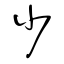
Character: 少